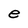
Character: e